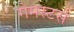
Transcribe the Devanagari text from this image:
गेमस्टर्स